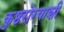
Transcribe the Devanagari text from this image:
कुष्ठरोग्याशी